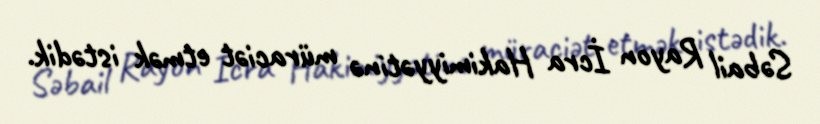
Səbail Rayon İcra Hakimiyyətinə müraciət etmək istədik.